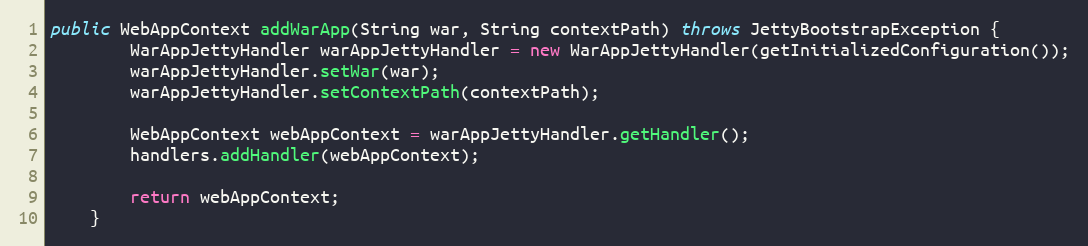
Language: Java
public WebAppContext addWarApp(String war, String contextPath) throws JettyBootstrapException {
        WarAppJettyHandler warAppJettyHandler = new WarAppJettyHandler(getInitializedConfiguration());
        warAppJettyHandler.setWar(war);
        warAppJettyHandler.setContextPath(contextPath);

        WebAppContext webAppContext = warAppJettyHandler.getHandler();
        handlers.addHandler(webAppContext);

        return webAppContext;
    }